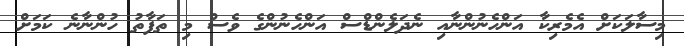
މިސާލަކަށް އެމެރިކާ އަންހެނުންނާއި ނެދަލެންޑްސް އަންހެނުންގެ ވެސް މި ތަފާތު ހުންނާނެ ކަމަށް